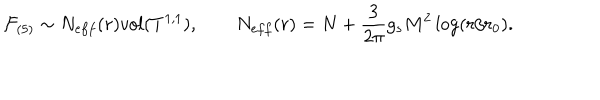
\mathcal { F } _ { ( 5 ) } \sim N _ { e f f } ( r ) v o l ( T ^ { 1 , 1 } ) , \qquad N _ { e f f } ( r ) = N + { \frac { 3 } { 2 \pi } } g _ { s } M ^ { 2 } \log ( r / r _ { 0 } ) .